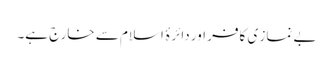
بے نماز ی کافر اور دائرۂ اسلام سے خارج ہے۔